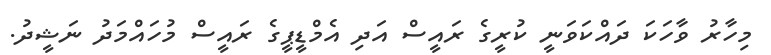
މިހާރު ވާހަކަ ދައްކަވަނީ ކުރީގެ ރައީސް އަދި އެމްޑީޕީގެ ރައީސް މުހައްމަދު ނަޝީދު.